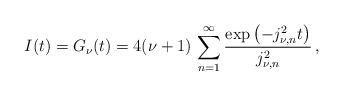
LaTeX: \begin{align*}I (t) = G_{\nu} (t) = 4 (\nu + 1) \, \sum _{n=1} ^\infty \frac{\exp \left( - j_{\nu, n} ^2 t \right)}{j_{\nu, n} ^2} \, ,\end{align*}